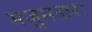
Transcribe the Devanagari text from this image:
मजुमदारः